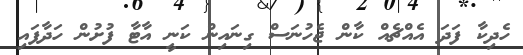
ހެދިކާ ފަދަ އެއްޗެއް ކާން ޖެހުނަސް ގިނައިން ކަނީ އާޓާ ފުށުން ހަދާފައި